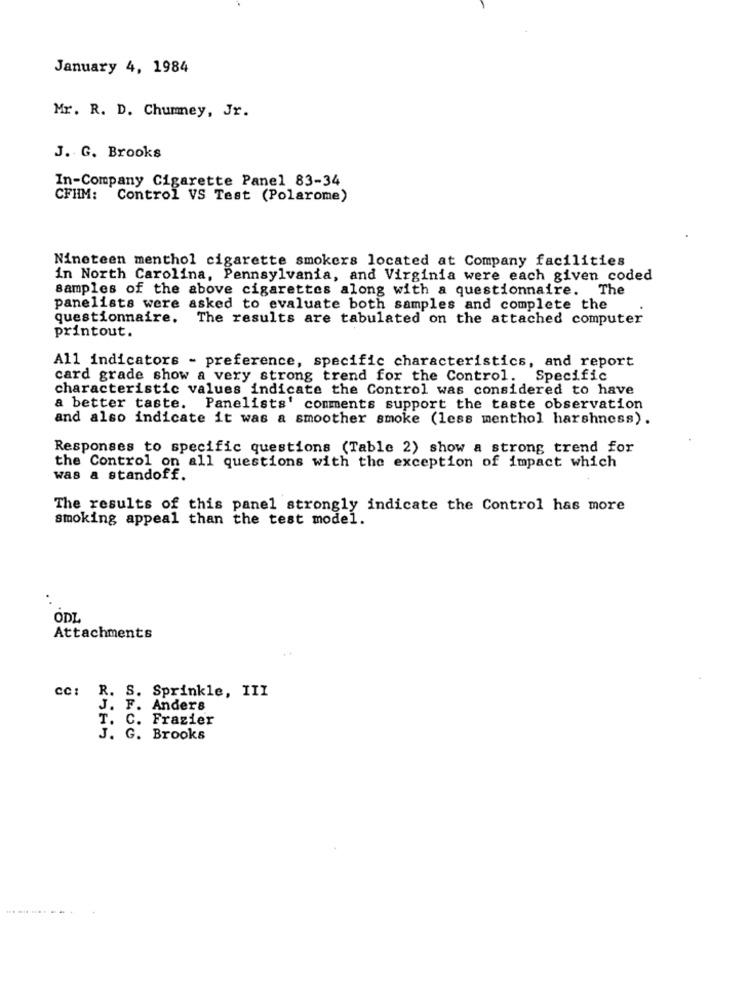
January 4, 1984
Mr. R. D. Chumney, Jr.
J. G. Brooks
In-Company Cigarette Panel 83-34
CFHM:
Control VS Test (Polarome)
Nineteen menthol cigarette smokers located at Company facilities
in North Carolina, Pennsylvania, and Virginia were each given coded
samples of the above cigarettes along with a questionnaire. The
panelists were asked to evaluate both samples and complete the
questionnaire.
The results are tabulated on the attached computer
printout.
All indicators - preference, specific characteristics, and report
card grade show a very strong trend for the Control. Specific
characteristic values indicate the Control was considered to have
a better taste. Panelists' comments support the taste observation
and also indicate it was a smoother smoke (less menthol harshness).
Responses to specific questions (Table 2) show a strong trend for
the Control on all questions with the exception of impact which
was a standoff.
The results of this panel strongly indicate the Control has more
smoking appeal than the test model.
ODL
Attachments
CC :
R.
S. Sprinkle, III
J. F. Anders
T. C. Frazier
J. G. Brooks